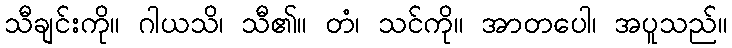
သီချင်းကို။ ဂါယသိ၊ သီ၏။ တံ၊ သင်ကို။ အာတပေါ၊ အပူသည်။